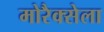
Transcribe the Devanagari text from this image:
मोरैक्सेला